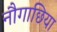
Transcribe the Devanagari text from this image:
नौगाछिया